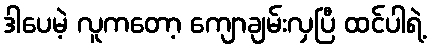
ဒါပေမဲ့ လူကတော့ ကျောချမ်းလှပြီ ထင်ပါရဲ့